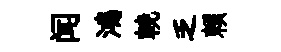
闻鴻輓乏賴